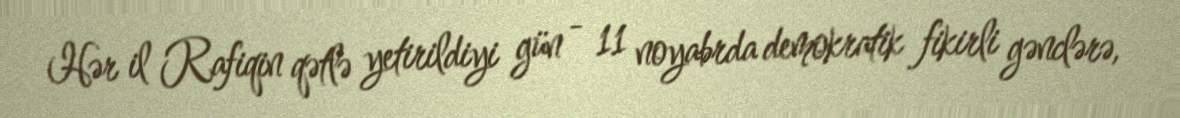
Hər il Rafiqin qətlə yetirildiyi gün - 11 noyabrda demokratik fikirli gənclərə,